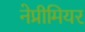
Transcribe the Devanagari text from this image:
नेप्रीमियर